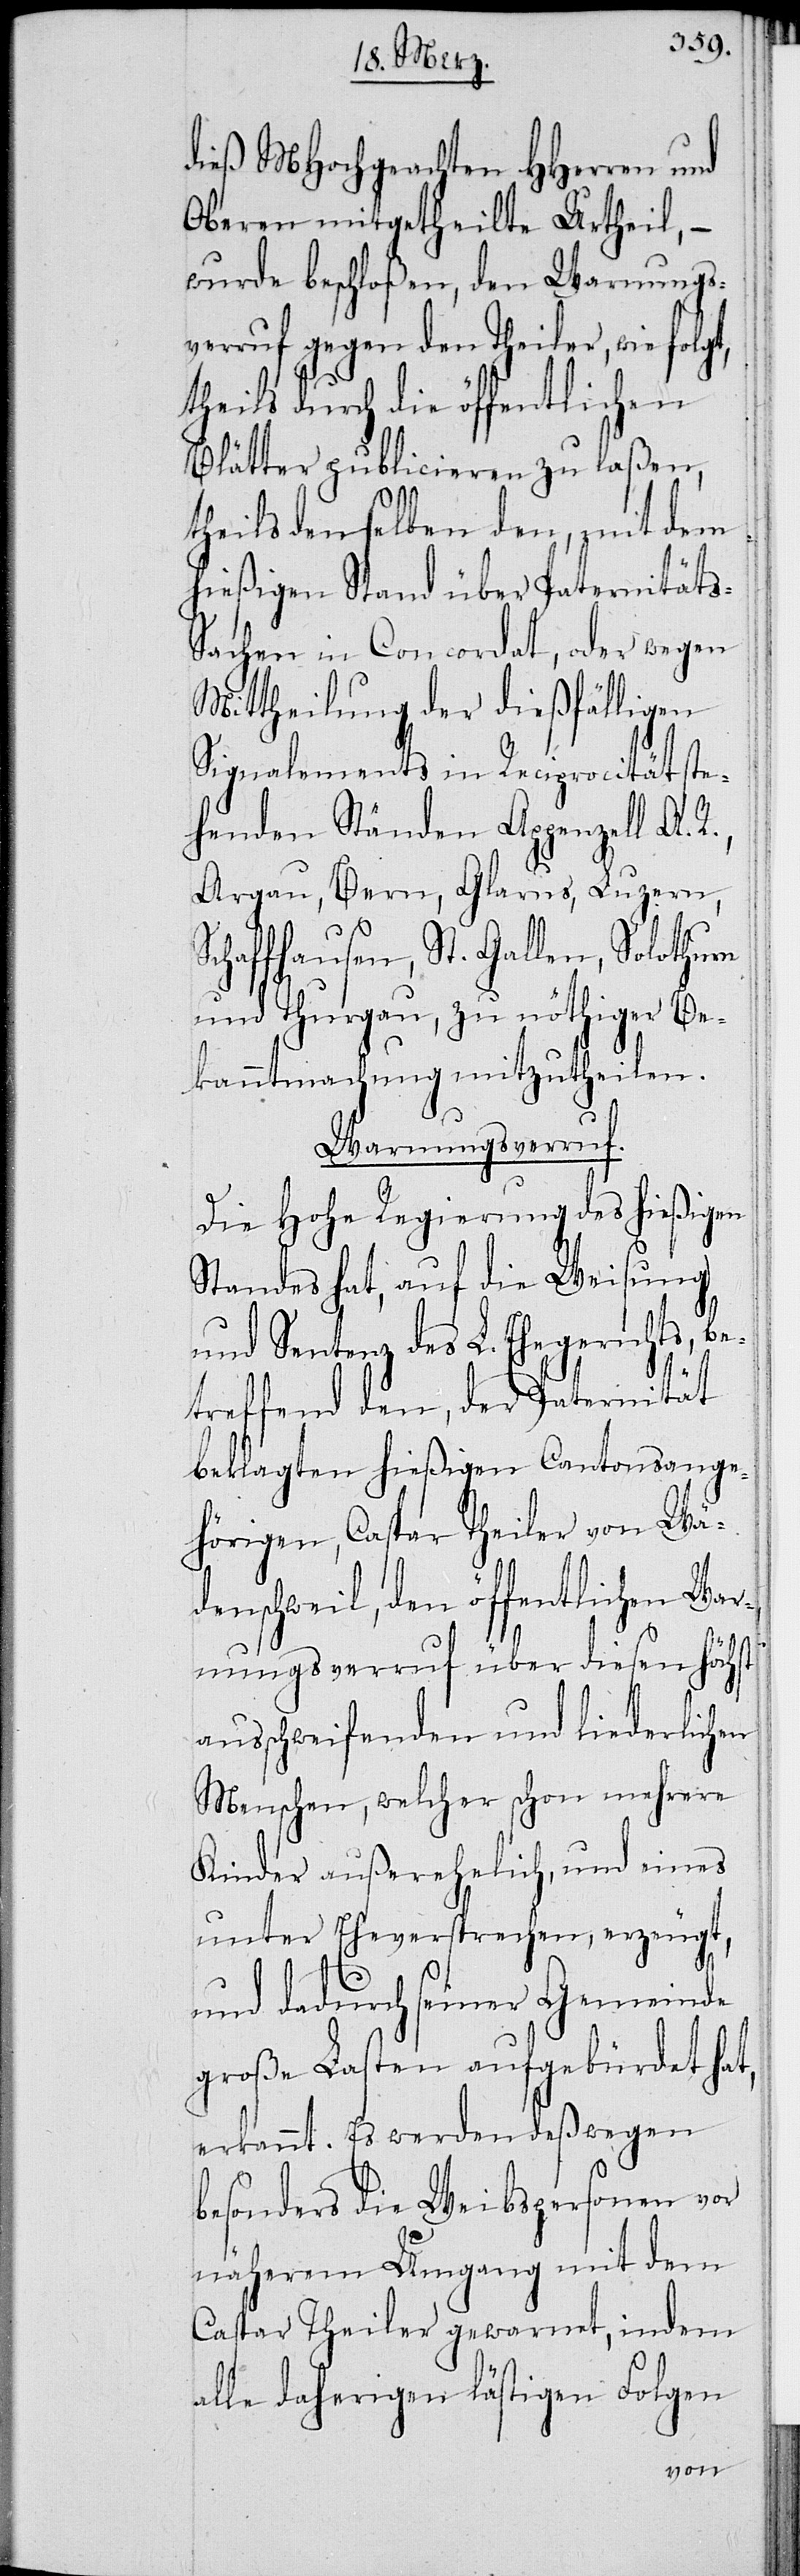
dieß MHochgeachten HHerren und
Oberen mitgetheilte Urtheil, –
wurde beschloßen, den Warnungs¬
verruf gegen den Theiler, wie
theils durch die öffentlichen
Blätter publicieren zu laßen,
theils denselben den, mit dem
hießigen Stand über Paternitäts-S¬
achen in Concordat, oder wegen
Mittheilung der dießfälligen
Signalements in Reciprocität ste¬
henden Ständen Appenzell A.
Argau, Bern, Glarus, Luzern,
Schaffhausen, St. Gallen, Solothurn
und Thurgau, zu nöthiger Be¬
kanntmachung mitzutheilen.
Warnungsverruf.
Die Hohe Regierung des hießigen
Standes hat, auf die Weisung
und Sentenz des L. Ehegerichts, b¬
etreffend den, der Paternität
beklagten hießigen Cantonsange¬
hörigen, Caspar Theiler von Wä¬
denschweil, den öffentlichen War¬
nungsverruf über diesen höchst
ausschweifenden und liederlichen
Menschen, welcher schon mehrere
Kinde außerehelich, und eines
unter Eheversprechen, erzeugt,
und dadurch seiner Gemeinde
große Lasten aufgebürdet hat,
erkannt. Es werden deßwegen
besonders die Weibspersonen vor
näherem Umgang mit dem
Caspar Theiler gewarnt, indem
alle daherigen lästigen Folgen